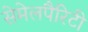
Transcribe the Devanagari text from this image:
सेमेलपैरिटी